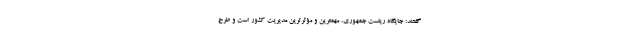
گفتند: جایگاه ریاست جمهوری، مهمترین و مؤثرترین مدیریت کشور است و طرح